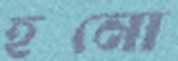
হনো